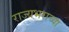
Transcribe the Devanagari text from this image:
राज्यभराच्या